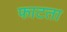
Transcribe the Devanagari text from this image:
फाटता